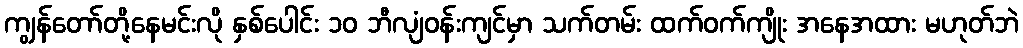
ကျွန်တော်တို့နေမင်းလို နှစ်ပေါင်း ၁၀ ဘီလျံဝန်းကျင်မှာ သက်တမ်း ထက်ဝက်ကျိုး အနေအထား မဟုတ်ဘဲ